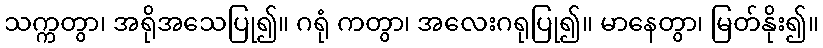
သက္ကတွာ၊ အရိုအသေပြု၍။ ဂရုံ ကတွာ၊ အလေးဂရုပြု၍။ မာနေတွာ၊ မြတ်နိုး၍။